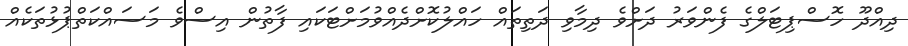
ދިއްދޫ ހޮސްޕިޓަލްގެ ފެންވަރު ދަށްވެ ދިމާވި ދަތިތައް ހައްލުކޮށްދެއްވުމަށްޓަކައި ފާތުން އިސްވެ މަސައްކަތްޕުޅުތަކެއް